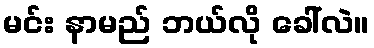
မင်း နာမည် ဘယ်လို ခေါ်လဲ။